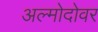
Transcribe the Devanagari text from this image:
अल्मोदोवर